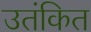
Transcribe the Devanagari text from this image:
उतंकित